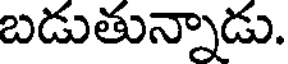
బడుతున్నాడు.